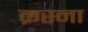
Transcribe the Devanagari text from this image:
क्रस्ना